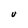
Character: U